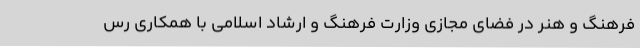
فرهنگ و هنر در فضای مجازی وزارت فرهنگ و ارشاد اسلامی با همکاری رس